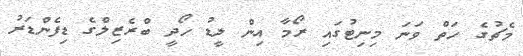
މެޗުގެ ހަތް ވަނަ މިނިޓުގައި ރޯމާ އިން ލީޑު ހޯދީ ބްރެޒިލްގެ ޑިފެންޑަރު